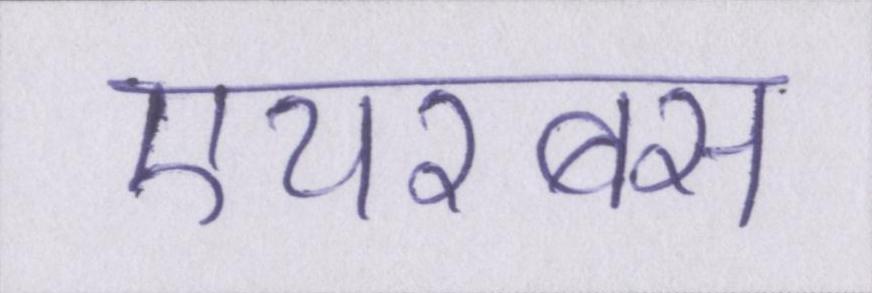
एयरबस